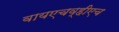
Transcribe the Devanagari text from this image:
वायएचव्हीएच